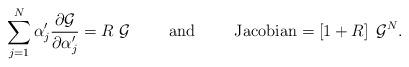
LaTeX: \begin{align*}\sum\limits_{j=1}^N \alpha'_j \frac{\partial{\cal{G}}}{\partial\alpha'_j}= R \; {\cal{G}}\hspace{10mm} \mbox{and} \hspace{10mm}\mbox{Jacobian}= \left[ 1+R \right] \; {\cal{G}}^N .\end{align*}